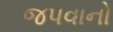
જપવાનો